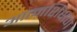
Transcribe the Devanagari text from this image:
आत्मशिक्षण